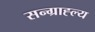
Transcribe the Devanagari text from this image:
सन्ग्राह्ल्य